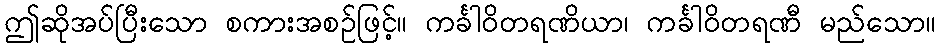
ဤဆိုအပ်ပြီးသော စကားအစဉ်ဖြင့်။ ကင်္ခါဝိတရဏိယာ၊ ကင်္ခါဝိတရဏီ မည်သော။